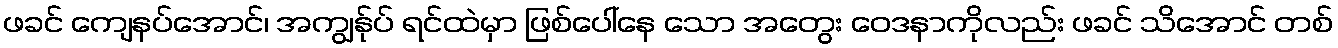
ဖခင် ကျေနပ်အောင်၊ အကျွန်ုပ် ရင်ထဲမှာ ဖြစ်ပေါ်နေ သော အတွေး ဝေဒနာကိုလည်း ဖခင် သိအောင် တစ်